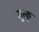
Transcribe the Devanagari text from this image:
मुस्कु